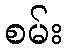
စမ်း